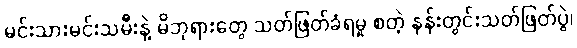
မင်းသားမင်းသမီးနဲ့ မိဘုရားတွေ သတ်ဖြတ်ခံရမှု စတဲ့ နန်းတွင်းသတ်ဖြတ်ပွဲ၊